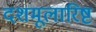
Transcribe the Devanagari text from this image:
दशमूलारिष्ट